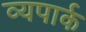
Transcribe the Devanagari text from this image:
व्यपार्क